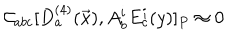
{ \cal C } _ { a b c } [ D _ { a } ^ { ( 4 ) } ( \vec { x } ) , A _ { b } ^ { i } E _ { c } ^ { i } ( y ) ] _ { P } \approx 0